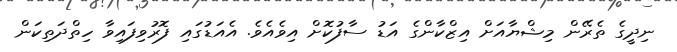
ނިދީގެ ތެރޭން މިޝްޔާއަށް އިޒްކާންގެ އަޑު ސާފުކޮށް އިވެއެވެ. އެއަޑުގައި ފޮރުވިފައިވާ ހިތްދަތިކަން